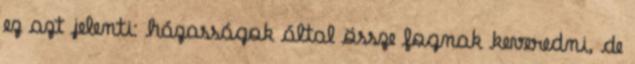
ez azt jelenti: házasságok által össze fognak keveredni, de